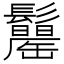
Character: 𩯾